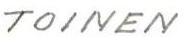
TOINEN